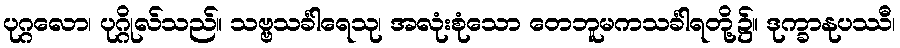
ပုဂ္ဂလော၊ ပုဂ္ဂိုလ်သည်။ သဗ္ဗသင်္ခါရေသု၊ အလုံးစုံသော တေဘူမကသင်္ခါရတို့၌။ ဒုက္ခာနုပဿီ၊